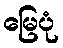
မြေပုံ